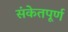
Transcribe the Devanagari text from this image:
संकेतपूर्ण